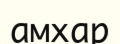
амхар